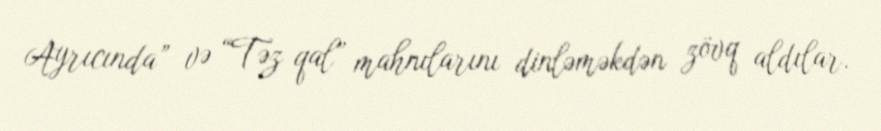
Ayrıcında” və “Təz qal” mahnılarını dinləməkdən zövq aldılar.